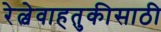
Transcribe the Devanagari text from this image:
रेल्वेवाहतुकीसाठी